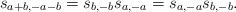
\begin{align*} s_{a+b,-a-b}=s_{b,-b}s_{a,-a}=s_{a,-a}s_{b,-b}.\end{align*}